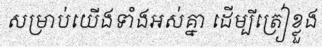
សម្រាប់យើងទាំងអស់គ្នា ដើម្បីត្រៀខ្លួង